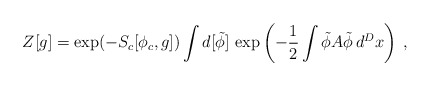
\begin{align*}Z[g]=\exp(-S_c[\phi_c,g])\int d[\tilde\phi]\,\exp\left(-\frac12\int\tilde\phi A\tilde\phi\,d^Dx\right)\:,\end{align*}